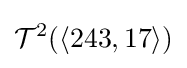
{\mathcal {T}}^{2}(\langle 243,17\rangle )